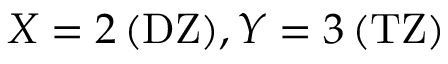
X = 2 \, ( \mathrm { D Z } ) , Y = 3 \, ( \mathrm { T Z } )